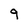
Character: 9